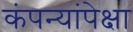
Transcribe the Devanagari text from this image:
कंपन्यांपेक्षा